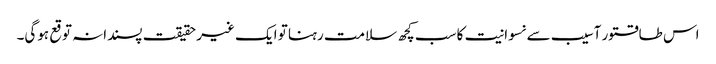
اس طاقتور آسیب سے نسوانیت کا سب کچھ سلامت رہنا تو ایک غیر حقیقت پسندانہ توقع ہوگی۔